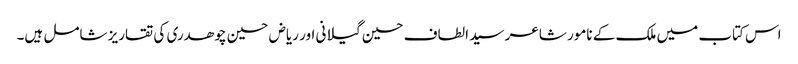
اس کتاب میں ملک کے نامور شاعر سید الطاف حسین گیلانی اور ریاض حسین چوھدری کی تقاریز شامل ہیں۔